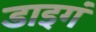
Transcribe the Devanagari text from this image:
डाइगं